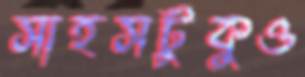
সাহসটুকুও